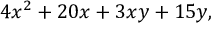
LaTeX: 4 x ^ { 2 } + 2 0 x + 3 x y + 1 5 y ,